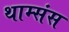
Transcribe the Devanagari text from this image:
थाम्संस